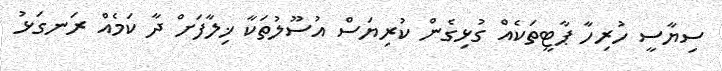
ސިޔާސީ ހުރިހާ ޕާޓީތަކެއް ގުޅިގެން ކުރިޔަސް އުސޫލުތަކާ ޚިލާފަށް ދާ ކަމެއް ރަނގަޅު